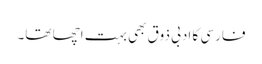
فارسی کا ادبی ذوق بھی بہت اچھا تھا۔